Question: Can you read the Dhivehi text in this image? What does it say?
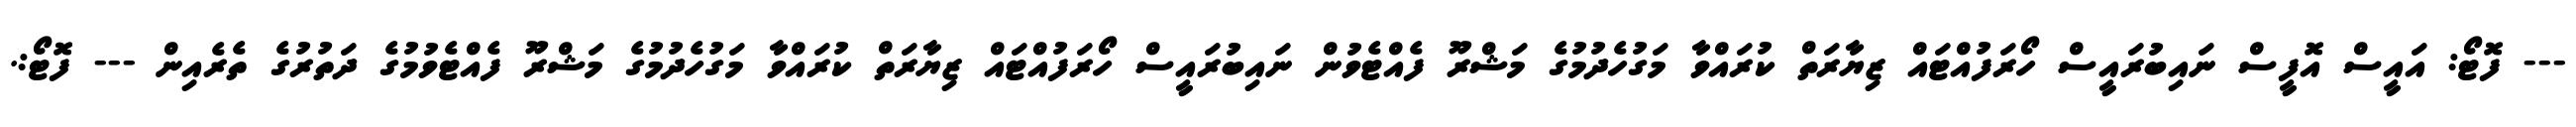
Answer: --- ފޮޓޯ: އައީސް އޮފީސް ނައިބުރައީސް ހޯރަފުއްޓައް ޒިޔާރަތް ކުރައްވާ މަގުހެދުމުގެ މަޝްރޫ ފެއްޓެވުން ނައިބުރައީސް ހޯރަފުއްޓައް ޒިޔާރަތް ކުރައްވާ މަގުހެދުމުގެ މަޝްރޫ ފެއްޓެވުމުގެ ދަތުރުގެ ތެރެއިން --- ފޮޓޯ:.